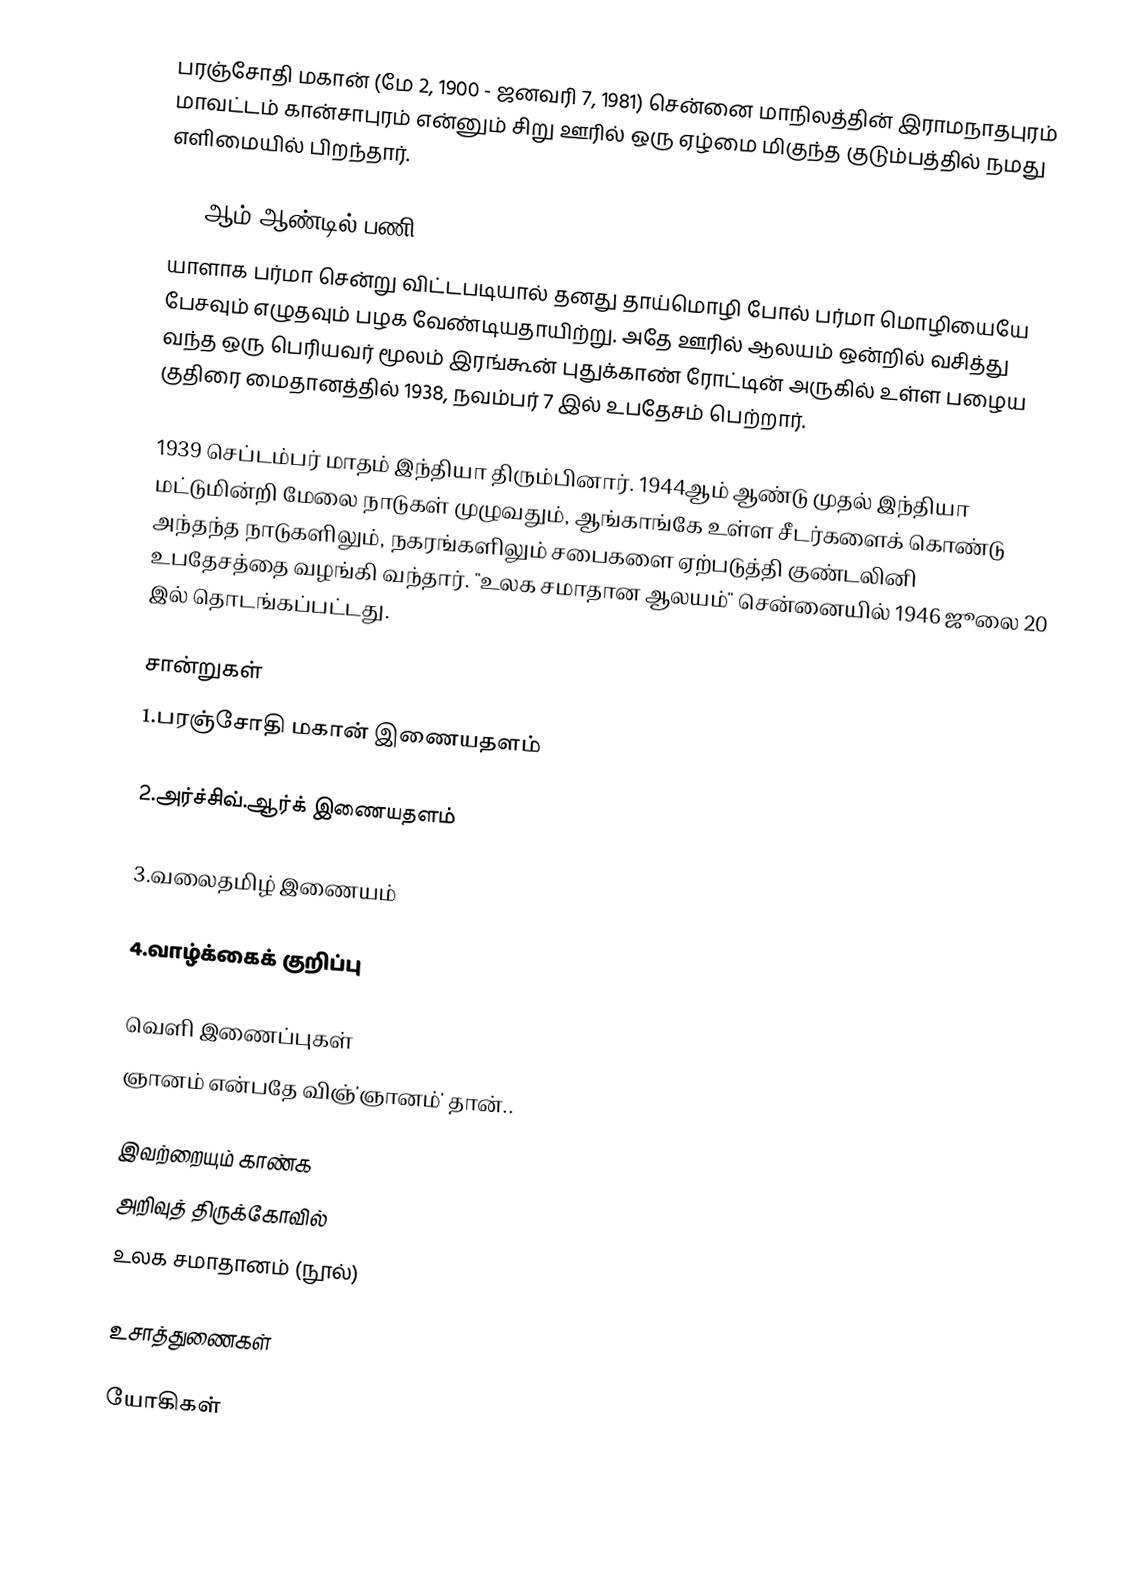
பரஞ்சோதி மகான் (மே 2, 1900 - ஜனவரி 7, 1981) சென்னை மாநிலத்தின் இராமநாதபுரம் மாவட்டம் கான்சாபுரம் என்னும் சிறு ஊரில் ஒரு ஏழ்மை மிகுந்த குடும்பத்தில் நமது எளிமையில் பிறந்தார்.

1919ஆம் ஆண்டில் பணி
யாளாக பர்மா சென்று விட்டபடியால் தனது தாய்மொழி போல் பர்மா மொழியையே பேசவும் எழுதவும் பழக வேண்டியதாயிற்று. அதே ஊரில் ஆலயம் ஒன்றில் வசித்து வந்த ஒரு பெரியவர் மூலம் இரங்கூன் புதுக்காண் ரோட்டின் அருகில் உள்ள பழைய குதிரை மைதானத்தில் 1938, நவம்பர் 7 இல் உபதேசம் பெற்றார்.

1939  செப்டம்பர் மாதம் இந்தியா திரும்பினார். 1944ஆம் ஆண்டு முதல் இந்தியா மட்டுமின்றி மேலை நாடுகள் முழுவதும், ஆங்காங்கே உள்ள சீடர்களைக் கொண்டு அந்தந்த நாடுகளிலும், நகரங்களிலும் சபைகளை ஏற்படுத்தி குண்டலினி உபதேசத்தை வழங்கி வந்தார். "உலக சமாதான ஆலயம்" சென்னையில் 1946 ஜூலை 20 இல் தொடங்கப்பட்டது.

சான்றுகள்
1.பரஞ்சோதி மகான் இணையதளம்

2.அர்ச்சிவ்.ஆர்க் இணையதளம்

3.வலைதமிழ் இணையம்

4.வாழ்க்கைக் குறிப்பு

வெளி இணைப்புகள்
ஞானம் என்பதே விஞ்'ஞானம்' தான்..

இவற்றையும் காண்க
அறிவுத் திருக்கோவில்
உலக சமாதானம் (நூல்)

உசாத்துணைகள்

யோகிகள்